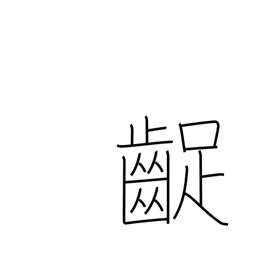
Meaning: grating the teeth